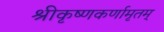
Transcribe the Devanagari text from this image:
श्रीकृष्णकर्णामृतम्